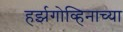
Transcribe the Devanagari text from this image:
हर्झगोव्हिनाच्या